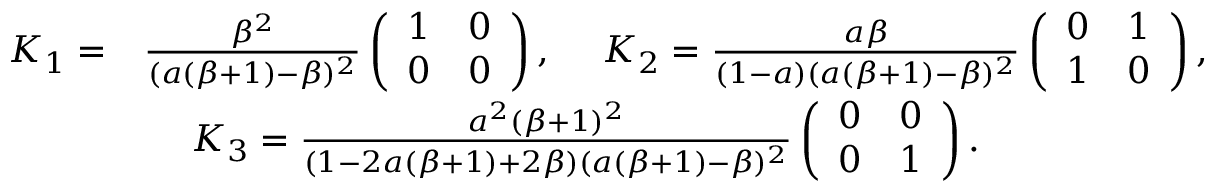
\begin{array} { r l } { K _ { 1 } = } & { \frac { \beta ^ { 2 } } { ( a ( \beta + 1 ) - \beta ) ^ { 2 } } \left( \begin{array} { l l } { 1 } & { 0 } \\ { 0 } & { 0 } \end{array} \right) , \quad \; K _ { 2 } = \frac { a \beta } { ( 1 - a ) ( a ( \beta + 1 ) - \beta ) ^ { 2 } } \left( \begin{array} { l l } { 0 } & { 1 } \\ { 1 } & { 0 } \end{array} \right) , } \\ & { \quad \; K _ { 3 } = \frac { a ^ { 2 } ( \beta + 1 ) ^ { 2 } } { ( 1 - 2 a ( \beta + 1 ) + 2 \beta ) ( a ( \beta + 1 ) - \beta ) ^ { 2 } } \left( \begin{array} { l l } { 0 } & { 0 } \\ { 0 } & { 1 } \end{array} \right) . } \end{array}